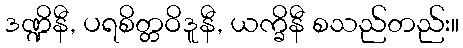
ဒဏ္ဍိနီ, ပရစိတ္တဝိဒူနီ, ယက္ခိနီ စသည်တည်း။